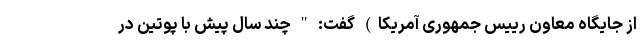
از جایگاه معاون رییس جمهوری آمریکا) گفت: " چند سال پیش با پوتین در